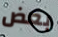
بعض